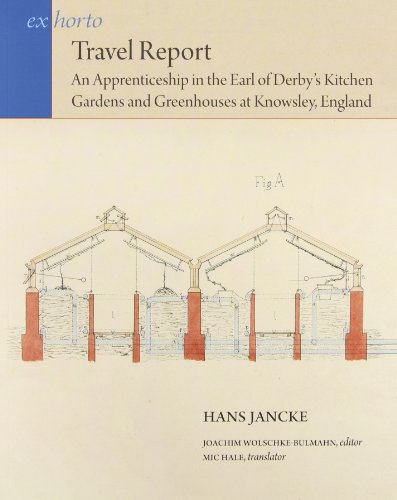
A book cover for Travel Report: An Apprenticeship in the Earl of Derby's Kitchen Gardens and Greenhouses at Knowsley, England (Ex Horto: Dumbarton Oaks Texts in Garden and Landscape Studies); Hans Jancke; Crafts, Hobbies & Home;